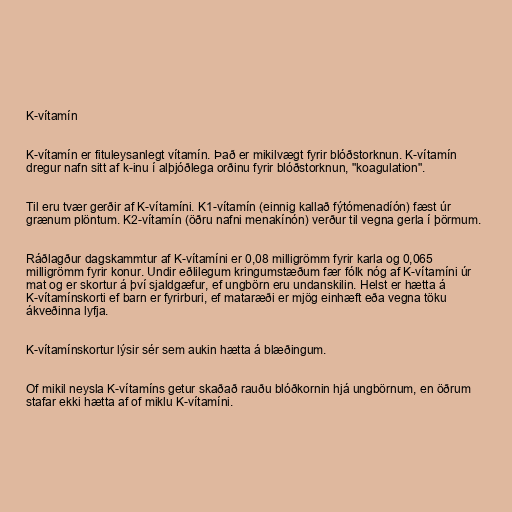
K-vítamín

K-vítamín er fituleysanlegt vítamín. Það er mikilvægt fyrir blóðstorknun. K-vítamín
dregur nafn sitt af k-inu í alþjóðlega orðinu fyrir blóðstorknun, "koagulation".

Til eru tvær gerðir af K-vítamíni. K1-vítamín (einnig kallað fýtómenadíón) fæst úr
grænum plöntum. K2-vítamín (öðru nafni menakínón) verður til vegna gerla í þörmum.

Ráðlagður dagskammtur af K-vítamíni er 0,08 milligrömm fyrir karla og 0,065
milligrömm fyrir konur. Undir eðlilegum kringumstæðum fær fólk nóg af K-vítamíni úr
mat og er skortur á því sjaldgæfur, ef ungbörn eru undanskilin. Helst er hætta á
K-vítamínskorti ef barn er fyrirburi, ef mataræði er mjög einhæft eða vegna töku
ákveðinna lyfja.

K-vítamínskortur lýsir sér sem aukin hætta á blæðingum.

Of mikil neysla K-vítamíns getur skaðað rauðu blóðkornin hjá ungbörnum, en öðrum
stafar ekki hætta af of miklu K-vítamíni.